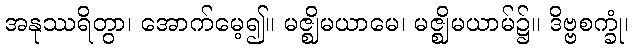
အနုဿရိတွာ၊ အောက်မေ့၍။ မဇ္ဈိမယာမေ၊ မဇ္ဈိမယာမ်၌။ ဒိဗ္ဗစက္ခုံ၊